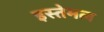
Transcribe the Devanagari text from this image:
इस्तेमल